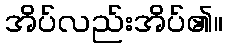
အိပ်လည်းအိပ်၏။